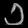
Digit: ၁